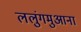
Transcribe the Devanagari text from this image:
ललुंगमुआना